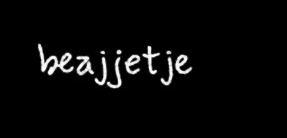
beajjetje